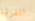
للفرقة